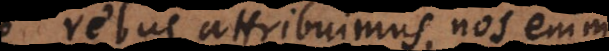
rebus attribuimus, nos enim